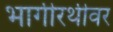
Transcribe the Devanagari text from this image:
भागीरथीवर